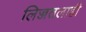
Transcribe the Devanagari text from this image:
लिज्जतलाही